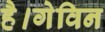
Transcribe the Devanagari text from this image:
है।गेविन